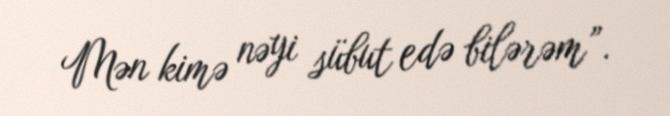
Mən kimə nəyi sübut edə bilərəm”.